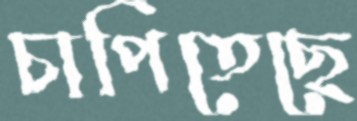
চাপিতেছে